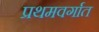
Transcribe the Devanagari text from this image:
प्रथमवर्गात